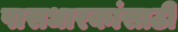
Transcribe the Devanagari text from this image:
पासधारकांसाठी